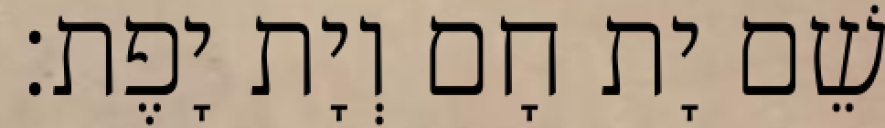
שֵׁם יָת חָם וְיָת יָפֶת׃